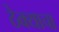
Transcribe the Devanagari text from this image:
ठेक्याचा